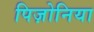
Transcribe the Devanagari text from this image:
पिज़ोनिया